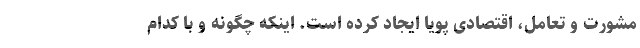
مشورت و تعامل، اقتصادی پویا ایجاد کرده است. اینکه چگونه و با کدام